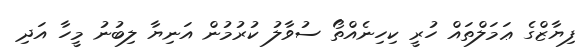
ފިޔާޒްގެ ޢަމަލްތައް ހުރީ ކިހިނެއްތޯ ސުވާލު ކުރުމުން އަނިޔާ ލިބުނު މީހާ އަދި